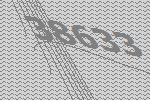
38633